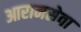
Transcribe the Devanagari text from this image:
आरामसेवा